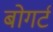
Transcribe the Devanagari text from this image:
बोगर्ट